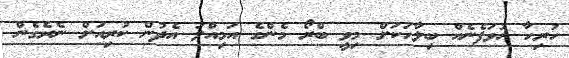
ހުރިހާ ހުވަފެނެއް ބިލާހަކަށް މިވީ ބްރޯ މެންގެ އަމިއްލަ އެދުން ކުރިއަށް ނެރެގެން